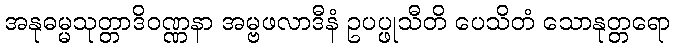
အနုဓမ္မသုတ္တာဒိဝဏ္ဏနာ အမ္ဗဖလာဒီနံ ဥပပ္ဖုသီတိ ပေသိတံ သောနုတ္တရော